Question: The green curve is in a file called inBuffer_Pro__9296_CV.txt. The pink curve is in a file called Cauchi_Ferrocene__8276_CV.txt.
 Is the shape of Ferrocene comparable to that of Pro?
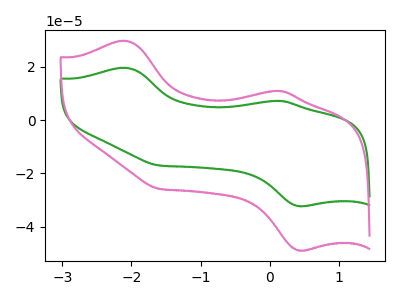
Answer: <think>The green curve "Pro" has anodic peaks at (-2.10V, 19.70uA) (0.15V, 7.25uA) and cathodic peaks at (0.45V, -32.30uA) (-1.60V, -17.00uA). The pink curve "Ferrocene" has anodic peaks at (-2.10V, 29.85uA) (0.15V, 11.05uA) and cathodic peaks at (0.45V, -48.95uA) (-1.60V, -25.80uA).
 All the peaks in "Ferrocene" have a peak in "Pro" at the same potential. Every peak in "Ferrocene" is higher than every peak in "Pro".</think>
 <answer>"Ferrocene" and "Pro" are similar in shape.</answer>
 <eval>same_shape</eval>